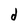
Character: d